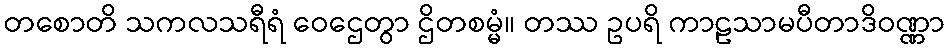
တစောတိ သကလသရီရံ ဝေဌေတွာ ဌိတစမ္မံ။ တဿ ဥပရိ ကာဠသာမပီတာဒိဝဏ္ဏာ